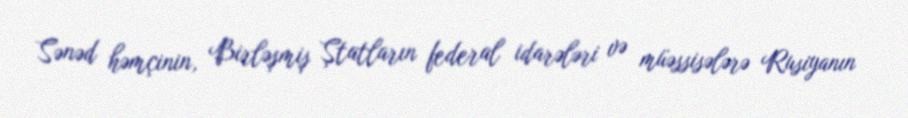
Sənəd həmçinin, Birləşmiş Ştatların federal idarələri və müəssisələrə Rusiyanın